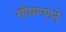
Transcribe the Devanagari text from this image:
शोधण्याने